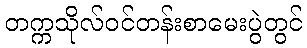
တက္ကသိုလ်ဝင်တန်းစာမေးပွဲတွင်